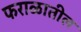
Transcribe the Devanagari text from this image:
फराळातील